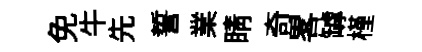
免牛先誓業睛奇畧罅槿